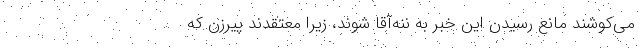
می‌کوشند مانع رسیدن این خبر به ننه‌آقا شوند، زیرا معتقدند پیرزن که